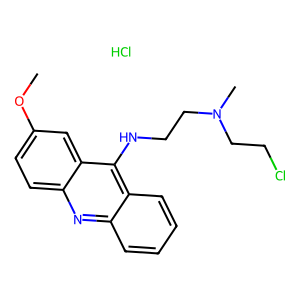
SMILES: COc1ccc2nc3ccccc3c(NCCN(C)CCCl)c2c1.Cl
Inhibits HIV replication: No